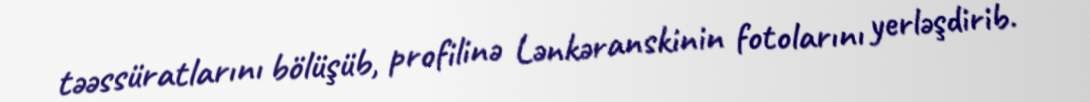
təəssüratlarını bölüşüb, profilinə Lənkəranskinin fotolarını yerləşdirib.